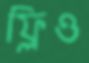
ফ্রিও